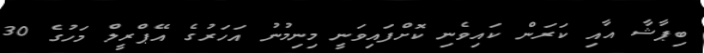
ބިޕާޝާ އާއި ކަރަން ކައިވެނި ކޮށްފައިވަނީ މިނިމުނު އަހަރުގެ އޭޕްރީލް މަހުގެ 30